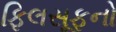
ફિલસૂફનો